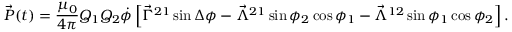
\vec { P } ( t ) = \frac { \mu _ { 0 } } { 4 \pi } Q _ { 1 } Q _ { 2 } \dot { \phi } \left[ \vec { \Gamma } ^ { 2 1 } \sin \Delta \phi - \vec { \Lambda } ^ { 2 1 } \sin \phi _ { 2 } \cos \phi _ { 1 } - \vec { \Lambda } ^ { 1 2 } \sin \phi _ { 1 } \cos \phi _ { 2 } \right] .